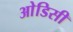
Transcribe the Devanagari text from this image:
आेडिसी